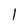
Character: l